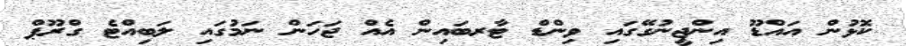
ކޮޅުން އައްޑޫ އިންޖީނުގޭގައި ވިންޑް ޓާރބައިން އެއް ޖަހަން ނަމުގައި ލަބިއްޓެ ގްރޫޕް